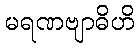
မရဏဗျာဓိဟိ